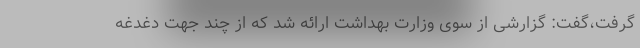
گرفت،‌گفت: گزارشی از سوی وزارت بهداشت ارائه شد که از چند جهت دغدغه